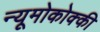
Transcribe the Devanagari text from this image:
न्यूमोकोक्की